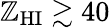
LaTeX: \mathbb{Z}_{\mathrm{{HI}}}\gtrsim40